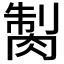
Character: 𦜾